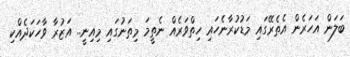
ބަލަން އަހަރެން އެތެރޭގައި މަޑުކުރާނެހައި ހިތްވަރެއް ނެތީމަ މިތަނުގައި މިއިނީ.. އަޒުރާ ވާހަކަދެއްކި